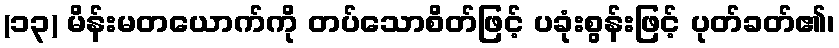
(၁၃) မိန်းမတယောက်ကို တပ်သောစိတ်ဖြင့် ပခုံးစွန်းဖြင့် ပုတ်ခတ်၏၊